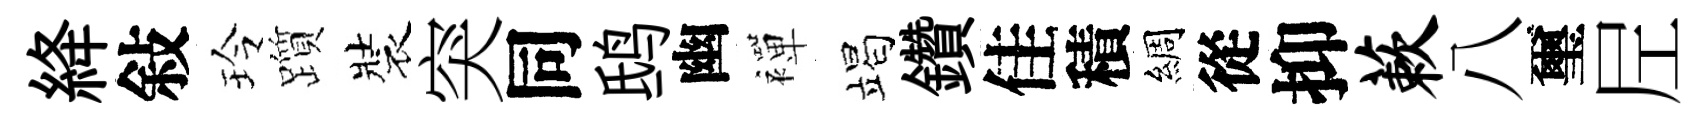
絳敍玲躓裝突同鸱幽襌竭鑽佳積綢從抑蔌八璽𡰱